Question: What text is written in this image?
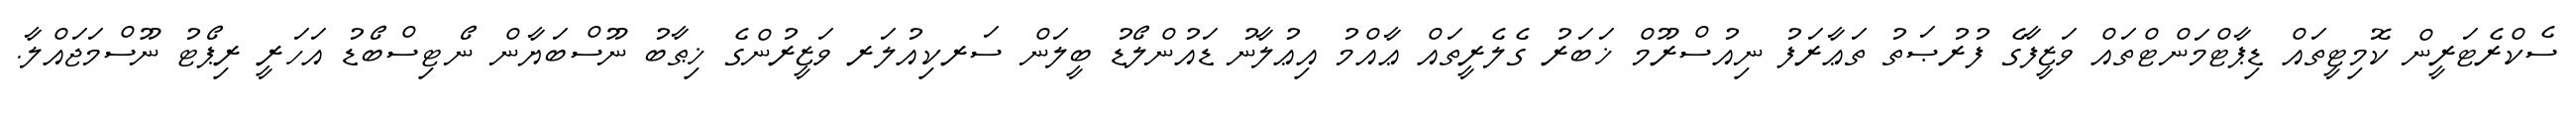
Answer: ސެކްރެޓަރީން ކޮމިޓީތައް ޑިޕާޓްމަންޓްތައް ވަޒީފާގެ ފުރުޞަތު ތަޢާރަފު ނިއުސްރޫމް ޚަބަރު ގެލެރީތައް ޢާއްމު އިޢުލާނު ޑައުންލޯޑު ބީލަން ސަރކިއުލަރ ވަޒީރުންގެ ޚިޠާބު ނޫސްބަޔާން ނޯޓިސްބޯޑު އަހަރީ ރިޕޯޓު ނޫސްމަޖައްލާ.